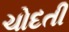
ચોદતી